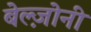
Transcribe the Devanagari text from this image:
बेल्ज़ोनी